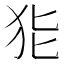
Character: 𱭳